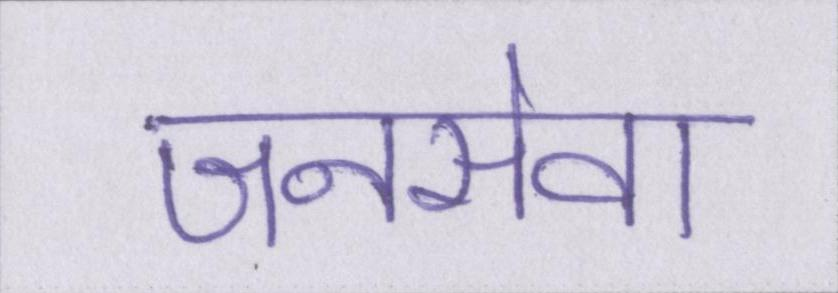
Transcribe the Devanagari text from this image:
जनसेवा